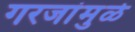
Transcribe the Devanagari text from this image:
गरजांमुळे